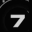
Digit: 7